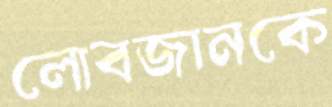
লোবজানকে